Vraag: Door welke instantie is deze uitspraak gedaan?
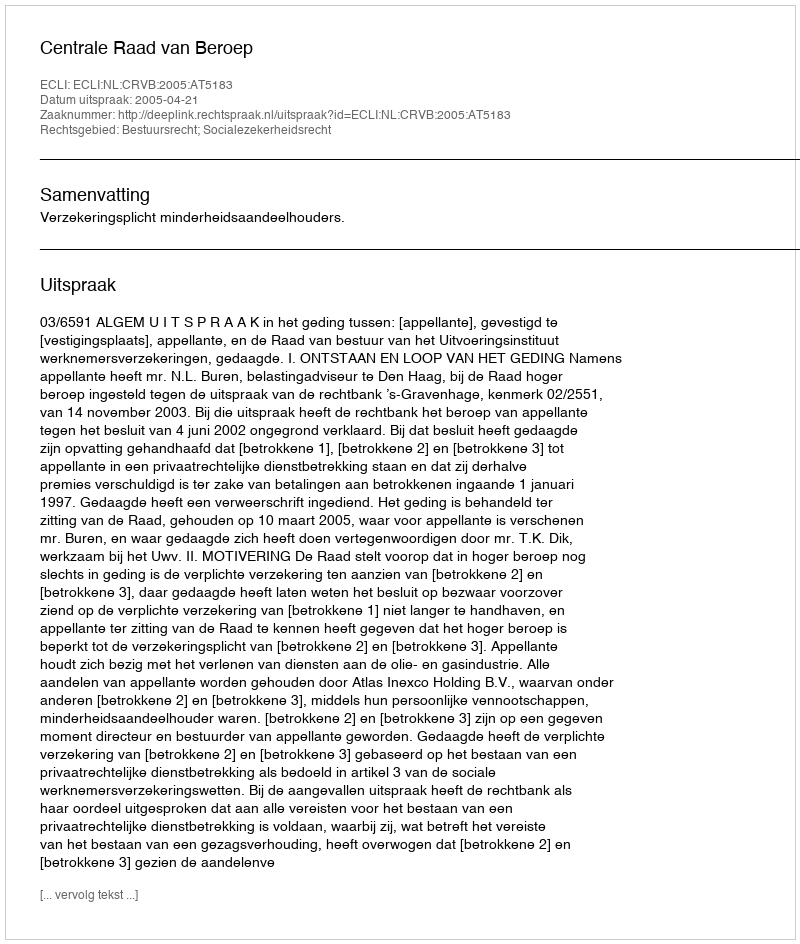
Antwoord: Centrale Raad van Beroep